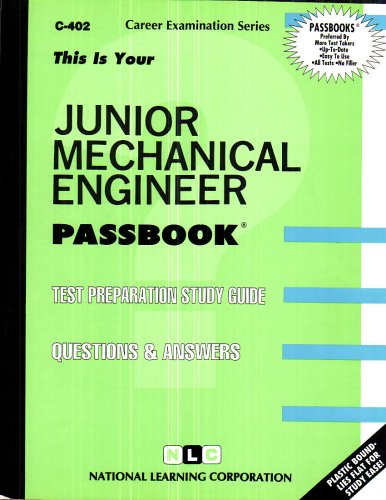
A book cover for Junior Mechanical Engineer(Passbooks) (Career Exam Ser.:C-402); Jack Rudman; Test Preparation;